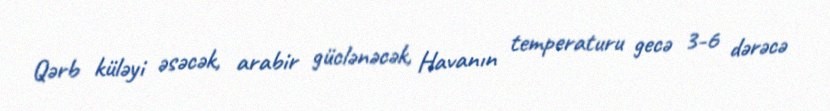
Qərb küləyi əsəcək, arabir güclənəcək, Havanın temperaturu gecə 3-6 dərəcə